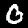
Label: 0